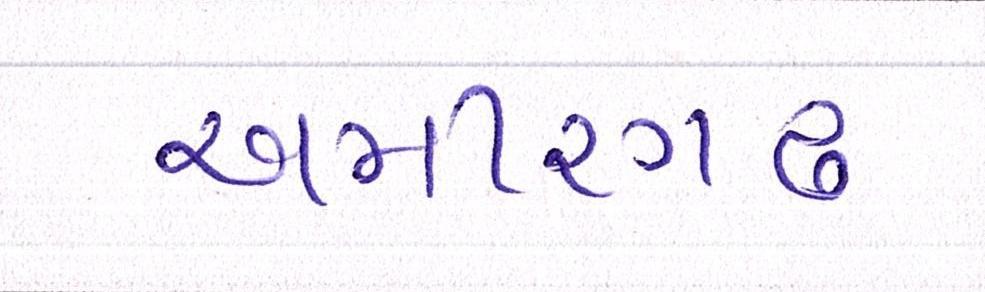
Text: અમીરગઢ